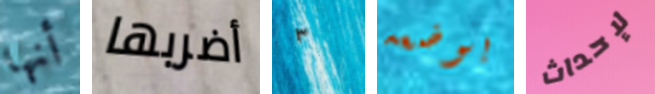
أنها أضربها ٣ بوضعه لإحداث